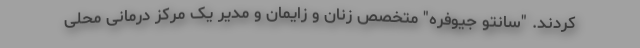
کردند. "سانتو جیوفره" متخصص زنان و زایمان و مدیر یک مرکز درمانی محلی